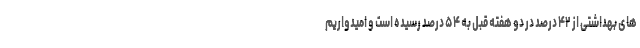
های بهداشتی از ۴۲ درصد در دو هفته قبل به ۵۴ درصد رسیده است و امیدواریم